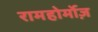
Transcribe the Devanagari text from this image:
रामहोर्मोज़